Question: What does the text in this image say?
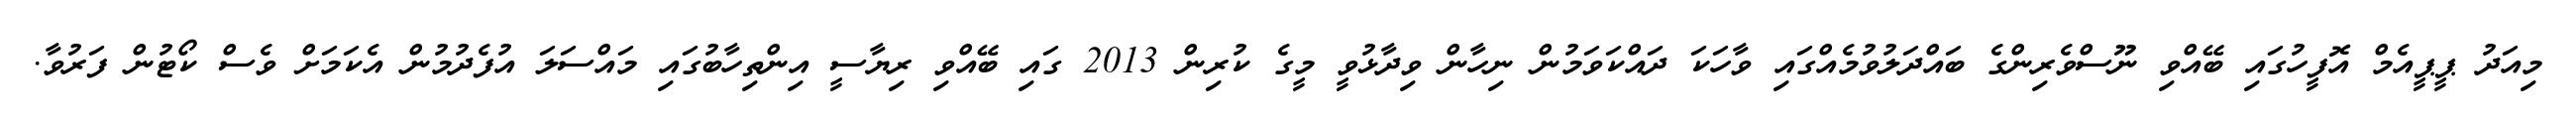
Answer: މިއަދު ޕީޕީއެމް އޮފީހުގައި ބޭއްވި ނޫސްވެރިންގެ ބައްދަލުވުމެއްގައި ވާހަކަ ދައްކަވަމުން ނިހާން ވިދާޅުވީ މީގެ ކުރިން 2013 ގައި ބޭއްވި ރިޔާސީ އިންތިހާބުގައި މައްސަލަ އުފެދުމުން އެކަމަށް ވެސް ކޯޓުން ފަރުވާ.